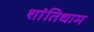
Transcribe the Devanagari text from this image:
शांतिधाम